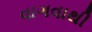
વાગવાથી